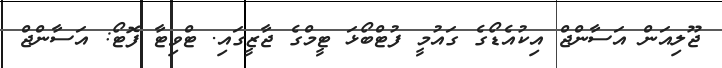
ޖޫލިއަން އަސާންޖް އިކުއެޑޯގެ ގައުމީ ފުޓްބޯޅަ ޓީމްގެ ޖާޒީގައި. ޓްވިޓާ ފޮޓޯ: އަސާންޖް